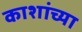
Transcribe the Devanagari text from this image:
काशांच्या